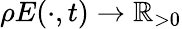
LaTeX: \rho E(\cdot,t)\rightarrow\mathbb{R}_{>0}